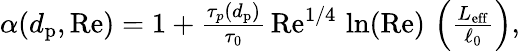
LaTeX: \begin{array}{r}{\alpha(d_{\mathrm{p}},\mathrm{Re})=1+{\frac{\tau_{p}(d_{\mathrm{p}})}{\tau_{0}}}\, \mathrm{Re}^{1/4}\, \ln(\mathrm{Re})\, \left({\frac{L_{\mathrm{eff}}}{\ell_{0}}}\right),}\end{array}